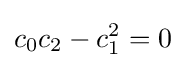
c_{0}c_{2}-c_{1}^{2}=0